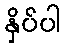
နှိပ်ပါ